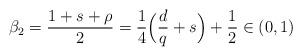
LaTeX: \begin{align*}\beta_2=\frac{1+s+\rho}{2}=\frac{1}{4}\Big(\frac{d}{q}+s\Big)+\frac{1}{2}\in (0,1)\end{align*}